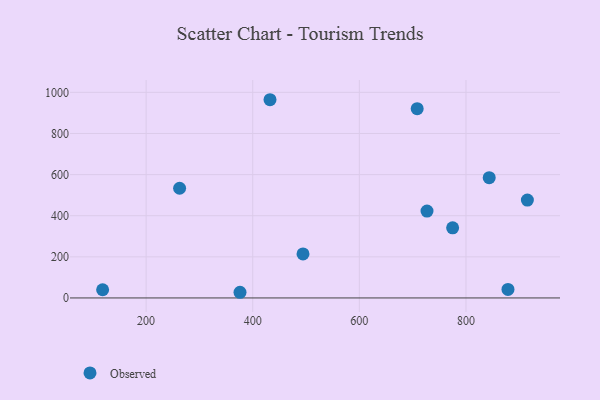
{"axis": {"x": "Experience", "y": "Sales"}, "legend": ["Observed"], "data": [{"x": "726.9", "y": 422.6, "type": "Observed"}, {"x": "915.2", "y": 476.0, "type": "Observed"}, {"x": "775.0", "y": 341.1, "type": "Observed"}, {"x": "432.4", "y": 964.2, "type": "Observed"}, {"x": "118.4", "y": 40.0, "type": "Observed"}, {"x": "843.6", "y": 585.0, "type": "Observed"}, {"x": "376.1", "y": 27.6, "type": "Observed"}, {"x": "878.8", "y": 41.6, "type": "Observed"}, {"x": "708.5", "y": 920.6, "type": "Observed"}, {"x": "494.3", "y": 214.3, "type": "Observed"}, {"x": "262.8", "y": 533.6, "type": "Observed"}]}